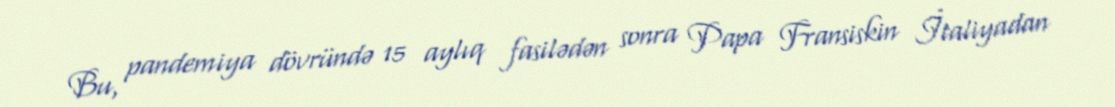
Bu, pandemiya dövründə 15 aylıq fasilədən sonra Papa Fransiskin İtaliyadan